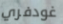
غودفري